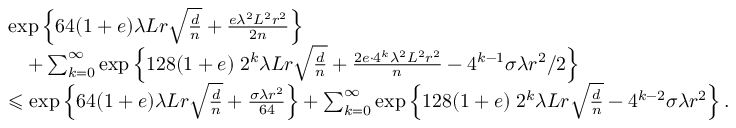
\begin{array} { r l } & { \exp \left\{ 6 4 ( 1 + e ) \lambda L r \sqrt { \frac { d } n } + \frac { e \lambda ^ { 2 } L ^ { 2 } r ^ { 2 } } { 2 n } \right\} } \\ & { \quad + \sum _ { k = 0 } ^ { \infty } \exp \left\{ 1 2 8 ( 1 + e ) \; 2 ^ { k } \lambda L r \sqrt { \frac { d } n } + \frac { 2 e \cdot 4 ^ { k } \lambda ^ { 2 } L ^ { 2 } r ^ { 2 } } { n } - 4 ^ { k - 1 } \sigma \lambda r ^ { 2 } / 2 \right\} } \\ & { \leqslant \exp \left\{ 6 4 ( 1 + e ) \lambda L r \sqrt { \frac { d } n } + \frac { \sigma \lambda r ^ { 2 } } { 6 4 } \right\} + \sum _ { k = 0 } ^ { \infty } \exp \left\{ 1 2 8 ( 1 + e ) \; 2 ^ { k } \lambda L r \sqrt { \frac { d } n } - 4 ^ { k - 2 } \sigma \lambda r ^ { 2 } \right\} . } \end{array}